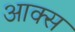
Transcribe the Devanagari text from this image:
आक्स